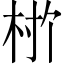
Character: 𬂨